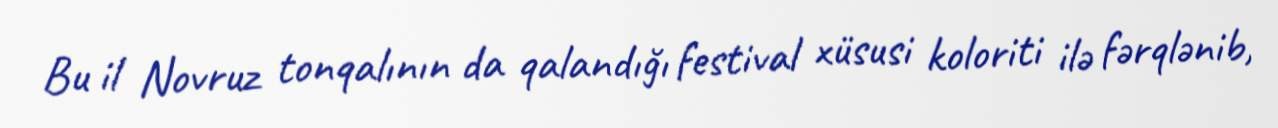
Bu il Novruz tonqalının da qalandığı festival xüsusi koloriti ilə fərqlənib,